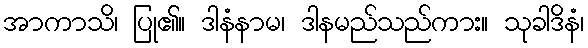
အာကာသိ၊ ပြု၏။ ဒါနံနာမ၊ ဒါနမည်သည်ကား။ သုခါဒိနံ၊